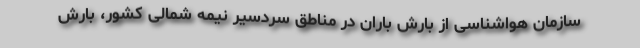
سازمان هواشناسی از بارش باران در مناطق سردسیر نیمه شمالی کشور، بارش